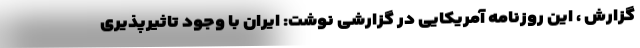
گزارش ، این روزنامه آمریکایی در گزارشی نوشت: ایران با وجود تاثیرپذیری